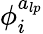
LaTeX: \phi_{i}^{a_{lp}}